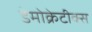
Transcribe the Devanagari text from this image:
डेमोक्रेटीक्स